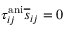
\tau _ { i j } ^ { \mathrm { a n i } } \overline { { s } } _ { i j } = 0